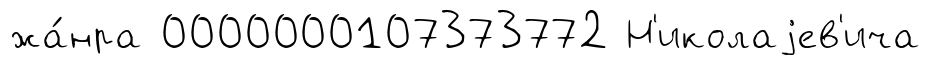
жа́нра 0000000107373772 Н'иколаjев'ича